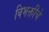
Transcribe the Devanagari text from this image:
विभक्तीचे